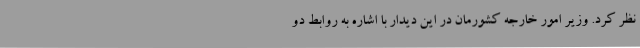
نظر کرد. وزیر امور خارجه کشورمان در این دیدار با اشاره به روابط دو